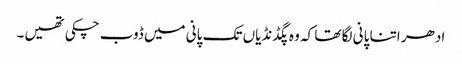
ادھر اتنا پانی لگا تھا کہ وہ پگڈنڈیاں تک پانی میں ڈوب چکی تھیں۔